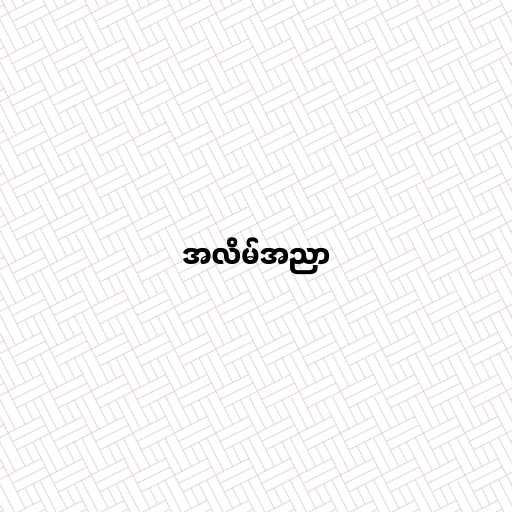
အလိမ်အညာ